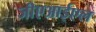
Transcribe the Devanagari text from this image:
जीएआईएल